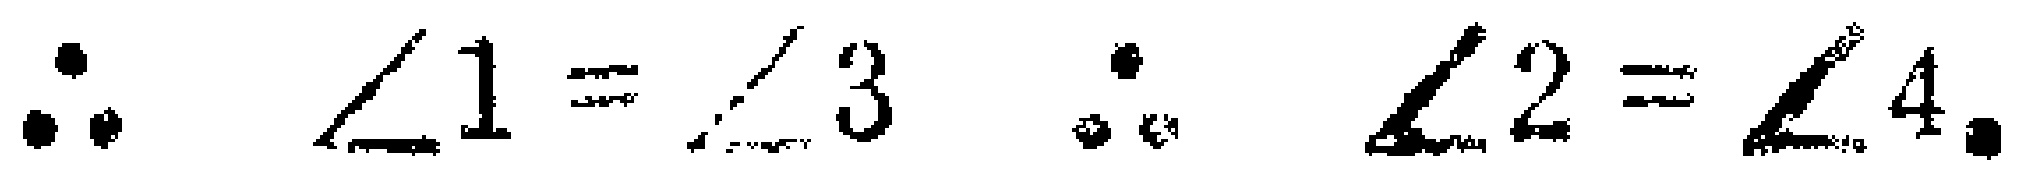
\(\therefore \angle 1 = \angle 3\quad\therefore \angle 2 = \angle 4\)